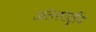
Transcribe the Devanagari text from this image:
अंतररार्ष्ट्रीय